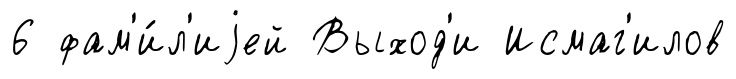
6 фам'и́л'иjей Выход'и Исмаг'илов